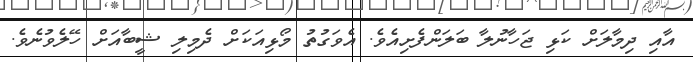
އާއި ދިމާލަށް ކަޅި ޖަހާނުލާ ބަލަންފެށިއެވެ. އެވަގުތު މޯޅިއަކަށް ދެމިލި ޝީބާއަށް ހޭލެވުނެވެ.